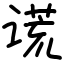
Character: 谎